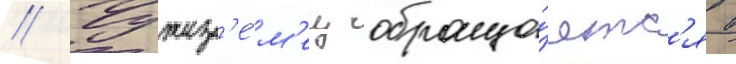
// Чужез'е́м'ец обраща́етс'я в